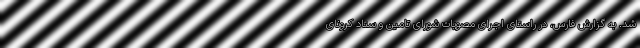
شد. به گزارش فارس، در راستای اجرای مصوبات شورای تامین و ستاد کرونای